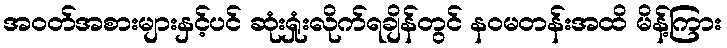
အဝတ်အစားများနှင့်ပင် ဆုံးရှုံးလိုက်ရချိန်တွင် နဝမတန်းအထိ မိန့်ကြား